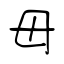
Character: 毋